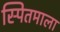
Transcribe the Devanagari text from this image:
स्पितमाला